Reports on military cantonments and civil stations in the Presidency of Bombay inspected by the Sanitary Commissioner in the years 1875 and 1876
Year: 1875
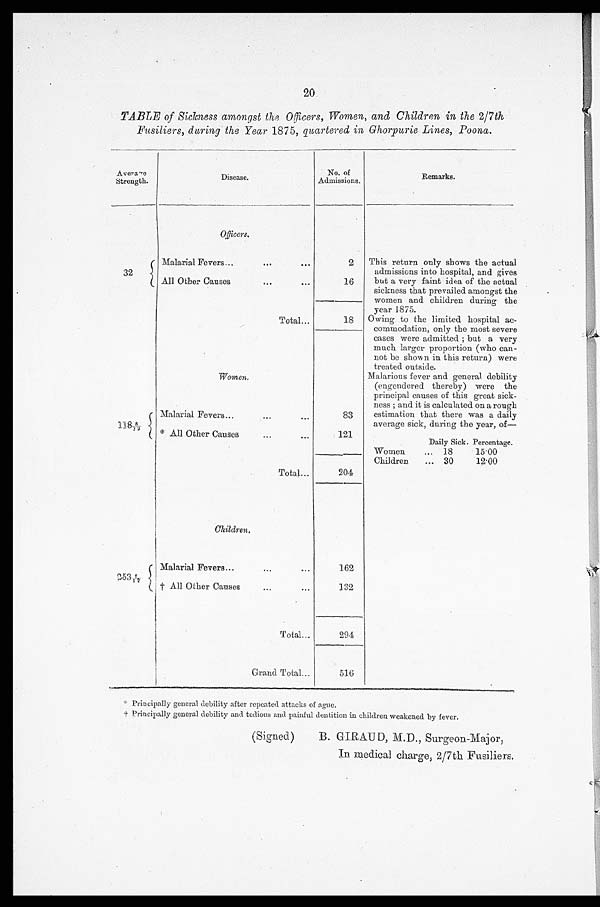
20
TABLE of Sickness amongst the Officers, Women, and Children in the 2/7th
Fusiliers, during the Year 1875, quartered in Ghorpurie Lines, Poona.
A v e r a g e
Strength.
Disease.
No. of
Admissions.
Remarks.
Officers,
32
Malarial Fevers...
...
2
This return only shows the actual
admissions into hospital, and gives
but a very faint idea of the actual
sickness that prevailed amongst the
women and children during the
year 1875.
Owing to the limited hospital ac-
commodation, only the most severe
cases were admitted ; but a very
much larger proportion (who can-
not be shown in this return) were
treated outside.
Malarious fever and general debility
(engendered thereby) were the
principal causes of this great sick-
ness ; and it is calculated on a rough
estimation that there was a daily
average sick, during the year, of—
All Other Causes
16
--
Total...
is
Women,
11 8 8/12
Malarial Fevers...
...
...
83
* All Other Causes
...
...
121
Daily Sick. Percentage.
Women
... 18
15.00
.
Total...
204
Children
30
12.00
.
Children.
Malarial Fevers...
...
.. .
162
† All Other Causes. ..
132
Total
294
Grand Total...
516
* Principally general debility after repeated attacks of ague.
† Principally general debility and tedious and painful dentition in children weakened by fever.
(Signed)
B. GIRAUD, M.D., Surgeon-Major;
medical charges 2/7th Fusiliers.